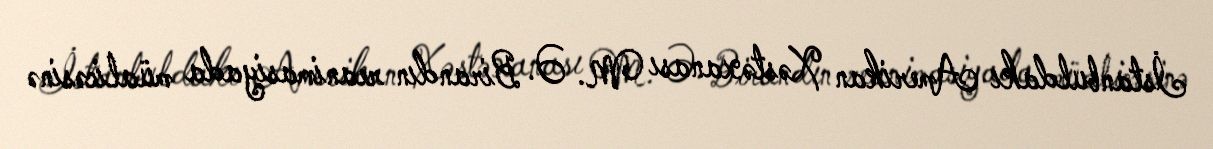
İstanbuldakı Amerikan Xəstəxanası M. Ə. Birandın reanimasiyada müalicəsinə